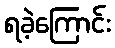
ရခဲ့ကြောင်း